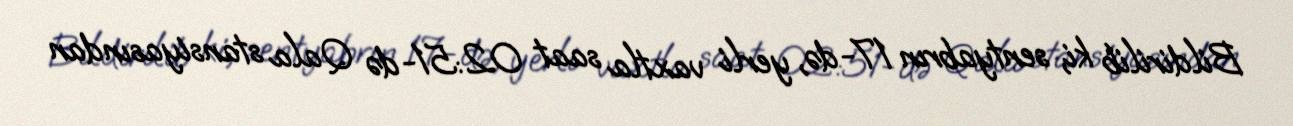
Bildirilib ki, sentyabrın 17-də, yerli vaxtla saat 02:51-də Qala stansiyasından